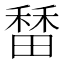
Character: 𬓷